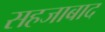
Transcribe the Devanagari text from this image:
सहजाबाद